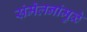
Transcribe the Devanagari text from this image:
संमेलनांमुळे